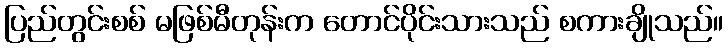
ပြည်တွင်းစစ် မဖြစ်မီတုန်းက တောင်ပိုင်းသားသည် စကားချိုသည်။